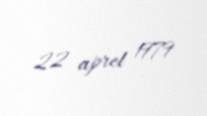
22 aprel 1979